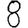
Digit: 8